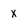
Character: x